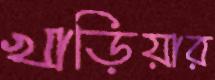
খাড়িয়ার